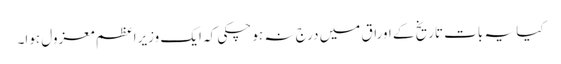
کیا یہ بات تاریخ کے اوراق میں درج نہ ہو چکی کہ ایک وزیراعظم معزول ہوا۔